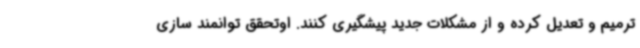
ترمیم و تعدیل کرده و از مشکلات جدید پیشگیری کنند. اوتحقق توانمند سازی